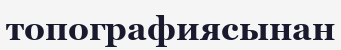
топографиясынан